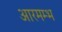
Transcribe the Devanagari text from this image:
आरमम्भ